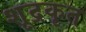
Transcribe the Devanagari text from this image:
शूद्रकृत